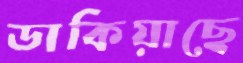
ডাকিয়াছে